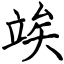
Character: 竢